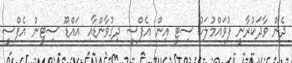
ދެން ވާދަކުރާނީ ފުވައްމުލަކު ސިޓީ އިން އެފްސީ ދިގުވާންޑާއި އައްޑޫ ސިޓީން އެފްސީ